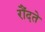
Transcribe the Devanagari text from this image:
रौंदते